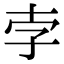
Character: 孛